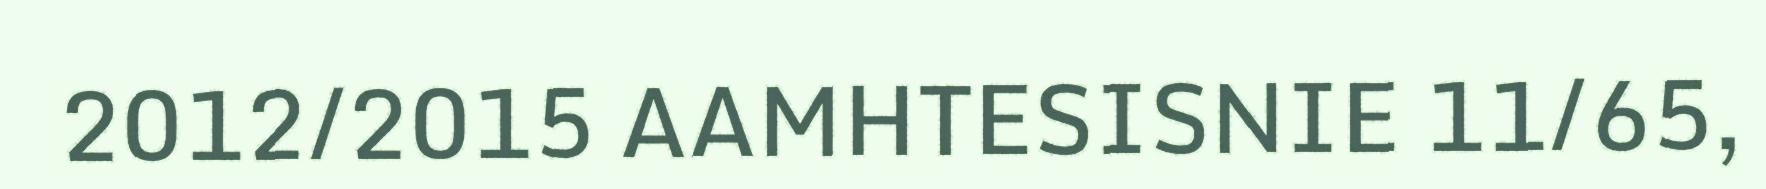
2012/2015 AAMHTESISNIE 11/65,